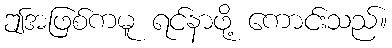
ဤအဖြစ်ကမူ ရင်နာဖို့ ကောင်းသည်။